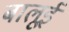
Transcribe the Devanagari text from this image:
बालूई